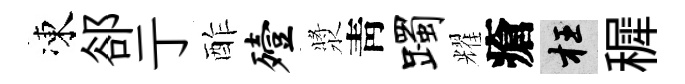
凍郤亍酢殪漿靑躅耀瘡枉穉